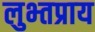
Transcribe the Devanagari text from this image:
लुभ्तप्राय